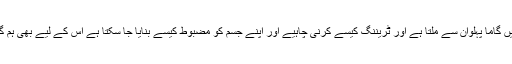
پہلوان کی خوراک کیا ہونی چاہیے اس کا درس بھی ہمیں گاما پہلوان سے ملتا ہے اور ٹریننگ کیسے کرنی چاہیے اور اپنے جسم کو مضبوط کیسے بنایا جا سکتا ہے اس کے لیے بھی ہم گاما پہلوان کے نقش قدم پر چلنے کی کوشش کرتے ہیں۔